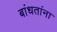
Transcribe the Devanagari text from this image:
बांधतांना